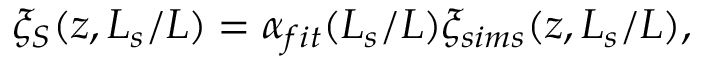
\xi _ { S } ( z , L _ { s } / L ) = \alpha _ { f i t } ( L _ { s } / L ) \xi _ { s i m s } ( z , L _ { s } / L ) ,